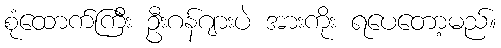
စုံထောက်ကြီး ဦးဂန်ဂျားပဲ အားကိုး ရပေတော့မည်။